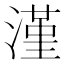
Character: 漌